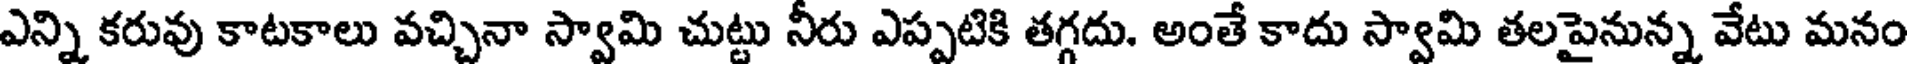
ఎన్ని కరువు కాటకాలు వచ్చినా స్వామి చుట్టు నీరు ఎప్పటికి తగ్గదు. అంతే కాదు స్వామి తలపైనున్న వేటు మనం